Annual report of the Bengal Veterinary College and of the Civil Veterinary Department, Bengal, for the year 1913-1914 - 1913-1914
Year: 1913
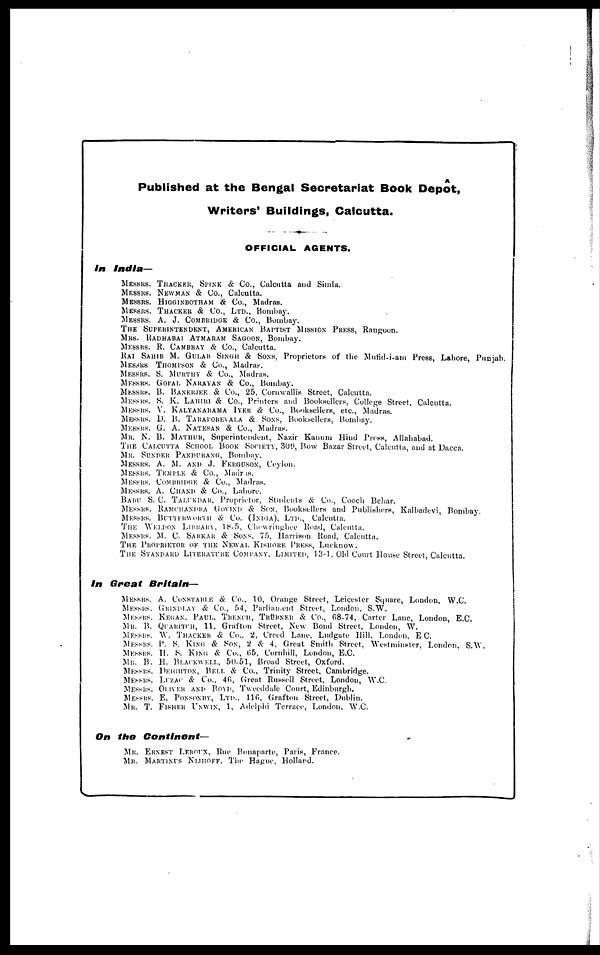
Published at the Bengal Secretariat Book Depot,
Writers' Buildings, Calcutta.
OFFICIAL AGENTS.
In
India—
MESSRS. THACKER, SPINK & Co., Calcutta and Simla.
MESSRS. NEWMAN & Co., Calcutta.
MESSRS. HIGGINBOTHAM & Co., Madras.
MESSRS. THACKER & Co., Ltd., Bombay.
MESSRS. A. J. COMBRIDGE & Co., Bombay.
THE SUPERINTENDENT, AMERICAN BAPTIST MISSION PRESS,
Rangoon.
MRS. RADHABAI ATMARAM SAGOON, Bombay.
MESSRS. R. CAMBRAY & Co., Calcutta.
RAI SAHIB M. GULAB SINGH & SONS,
Proprietors of the Mufid-i-ani Press, Lahore, Punjab.
MESSRS THOMPSON & Co., Madras.
MESSRS. S. MUKTHY & Co., Madras.
MESSRS. GOPAL NARAYAN & Co., Bombay.
MESSRS. B. BANERJEE & Co., 25, Cornwallis Street, Calcutta.
MESSRS. S. K. LAHIRI & Co., Printers and Booksellers, College Street. Calcutta.
MESSRS. V. KALYANARAMA IYER & Co., Booksellers, etc., Madras.
MESSRS. D. B. TARAPOKEVALA & SONS,
Booksellers, Bombay.
MESSRS. G. A. NATESAN & Co., Madras.
MR. N. B. MATHUR, SUPERINTENDENT, NAZIR KANNM HIND PRESS, Allahabad.
THE CALCUTTA SCHOOL BOOK SOCIETY, 309, Bow Bazar Street, Calcutta, and at Dacca.
MR. SUNDER PANDURANG, Bombay.
MESSRS. A. M. AND J. FERGUSON, Ceylon.
MESSRS. TEMPLE & Co., Madras.
MESSRS. COM BRIDGE & Co., Madras.
MESSRS. A. CHAND & Co., Lahore.
BABU S. C. TALUKDAR, Proprietor, Students & Co., Coach Behar.
MESSRS. RAMCHANDRA GOVIND & SON, Booksellers and Publishers, Kalbadevi, Bombay.
MESSRS. BUTTERWORTH & Co. (India), Ltd., Calcutta.
THE WEI.DON LIBRARY, 18-5, Chewringhee Road, Calcutta.
MESSRS. M. C. SARKAR & SONS, 75, Harrison Road, Calcutta.
THE PROPRIETOR OF THE NEWAL KISHORE PRESS, Lucknow.
THE STANDARD LITERATURE COMPANY. Limited, 13-1. Old Court House Street, Calcutta.
in Great Britain—
MESSRS. A. CONSTABLE & Co., 10, Orange Street, Leicester Square, London, W.C.
MESSRS. GRINDLAY & Co., 54, Parliament Street, London. S.W.
MESSRS. KEGAN. PAUL. TRENCH, TRÜRNER & Co., 68-74, Carter Lane, London, E.C.
Mr. B. QUARITCH, 11, Grafton Street, New Bond Street, London, W.
MESSRS. W. THACKER & Co.. 2, Creed Lane, Ludgate Hill, London. EC.
MESSRS. P. S. KING & SON, 2 & 4, Great Smith Street, Westminster, London. S.W.
MESSRS. H. S. KING & Co., 65, Cornhill, London, E.C.
MR. B. H. BI.ACKWEIL, 50-51, Broad Street, Oxford.
MESSRS. DEIGHTON, BELL & Co., Trinity Street, Cambridge.
MESSRS. LUZAC & Co., 40, Great Russell Street, London, W.C.
MESSRS. OLIVER AND BOYD, Tweeddale Court, Edinburgh.
MESSRS. E. PONSONBY, Ltd.. 110, Grafton Street, Dublin.
MR. T. FISHER UXWIN, 1, Adelphi Terrace, London, W.C.
On the Continent—
MR. ERNEST LEROUX, Rue Bonaparte, Paris, France.
MR. MARTINIUS NIJHOFF. The Hague, Hollard.